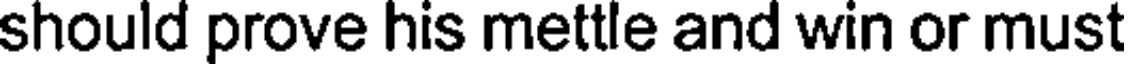
should prove his mettle and win or must